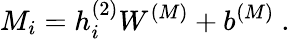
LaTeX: M_{i}=h_{i}^{(2)}W^{(M)}+b^{(M)}\ .